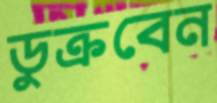
ডুক্‌রবেন